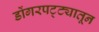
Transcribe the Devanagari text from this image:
डोंगरपट्ट्यातून